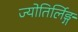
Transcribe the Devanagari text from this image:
ज्योतिर्लिङ्ग